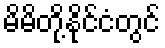
မိမိတို့နိုင်ငံတွင်